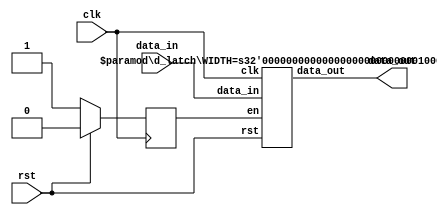
module d_latch_top #(parameter WIDTH=32) (clk,rst,data_in,data_out);
    input clk;
    input rst;
    input [WIDTH-1:0] data_in;
    output [WIDTH-1:0] data_out;

    reg enable;
    wire [WIDTH-1:0] d_out;
    
    always @ (posedge clk) begin
        if (rst)
            enable <= 0;
        else
            enable <= 1;
    end

    d_latch #(.WIDTH(WIDTH)) d_latch_inst (.clk(clk),.rst(rst),.data_in(data_in),.data_out(d_out),.en(enable));

    assign data_out=d_out;
endmodule

module d_latch #(parameter WIDTH=32) (clk,rst,data_in,data_out,en);
    input [WIDTH-1:0] data_in;
    input en;
    input clk;
    input rst;
    output reg [WIDTH-1:0] data_out;
    
    always @ (en or rst or data_in)
        if (rst)
            data_out <= 0;
        else if (!en)
            data_out <= 0;
        else    
            data_out <= data_in;
endmodule